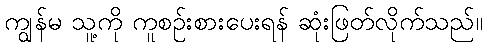
ကျွန်မ သူ့ကို ကူစဉ်းစားပေးရန် ဆုံးဖြတ်လိုက်သည်။